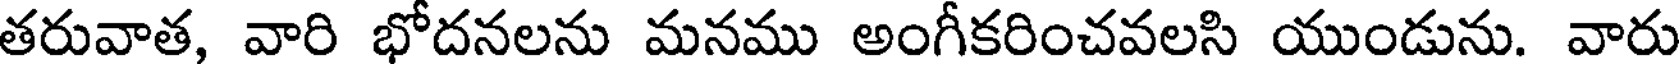
తరువాత, వారి భోదనలను మనము అంగీకరించవలసి యుండును. వారు